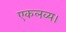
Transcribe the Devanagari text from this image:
एकलव्य।